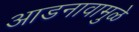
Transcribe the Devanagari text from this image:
आडनावामुळे